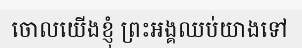
ចោលយើងខ្ញុំ ព្រះអង្គឈប់យាងទៅ